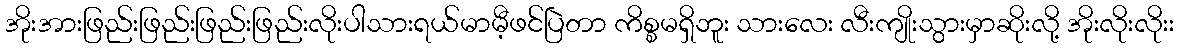
အိုးအားဖြည်းဖြည်းဖြည်းဖြည်းလိုးပါသားရယ်မာမီ့ဖင်ပြဲတာ ကိစ္စမရှိဘူး သားလေး လီးကျိုးသွားမှာဆိုးလို့ အိုးလိုးလိုးး